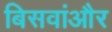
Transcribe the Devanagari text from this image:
बिसवांऔर